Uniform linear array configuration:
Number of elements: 16
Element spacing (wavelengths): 0.5
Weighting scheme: kaiser
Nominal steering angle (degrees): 60
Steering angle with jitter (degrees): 60.438
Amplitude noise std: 0.05
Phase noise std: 0.05

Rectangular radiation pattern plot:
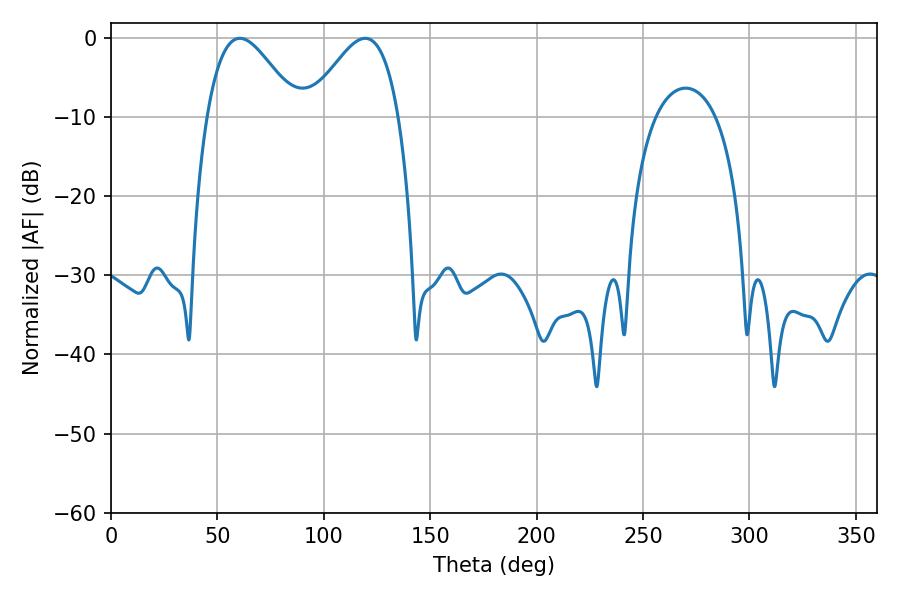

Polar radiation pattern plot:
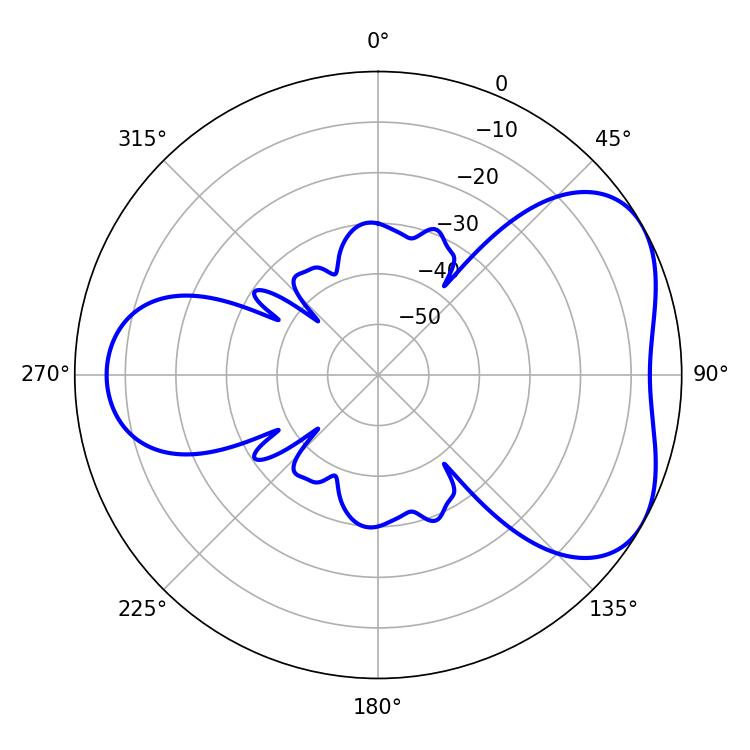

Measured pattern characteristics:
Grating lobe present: FALSE
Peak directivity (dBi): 4.669
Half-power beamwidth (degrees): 22.68
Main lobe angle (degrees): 60.48